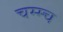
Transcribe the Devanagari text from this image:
चम्म्च